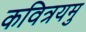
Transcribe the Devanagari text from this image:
कवित्रयमु